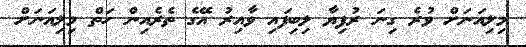
މިލިއަނަށް ވުރެ ގިނަ ރުފިޔާ ލިބިފައި ވާއިރު އޭގެ ތެރެއިން ހަތް މިލިއަނަށް